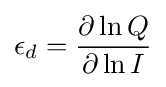
\epsilon _{d}={\frac {\partial \ln Q}{\partial \ln I}}